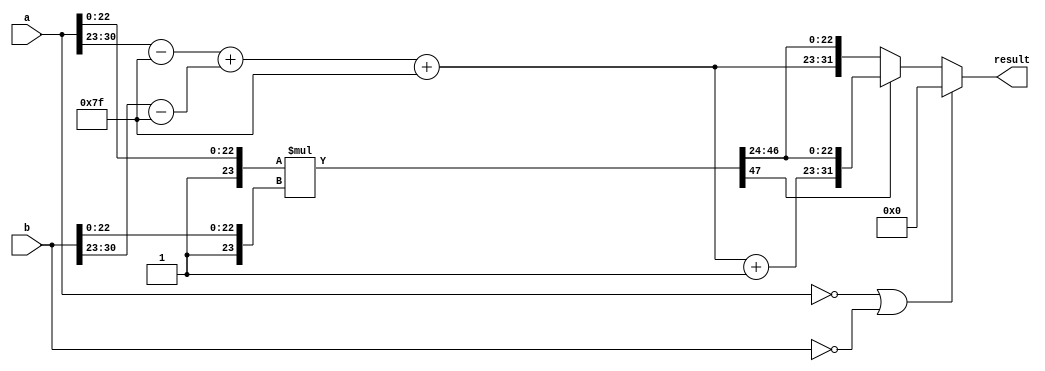
module fp_multiplier (
    input [31:0] a,  // First floating-point input
    input [31:0] b,  // Second floating-point input
    output reg [31:0] result  // Resulting floating-point output
);

    wire sign_a = a[31];               // Sign bit of a
    wire sign_b = b[31];               // Sign bit of b
    wire [7:0] exp_a = a[30:23];       // Exponent of a
    wire [7:0] exp_b = b[30:23];       // Exponent of b
    wire [22:0] mant_a = a[22:0];      // Mantissa of a
    wire [22:0] mant_b = b[22:0];      // Mantissa of b

    // Intermediate signals
    wire sign_out;
    wire [8:0] exp_out;                // 9 bits to accommodate overflow
    reg [47:0] mant_out;                // 48 bits for mantissa multiplication

    // Sign calculation
    assign sign_out = sign_a ^ sign_b;

    // Exponent calculation
    wire [7:0] exp_a_adjusted = exp_a - 8'd127; // Adjusted exponent of a
    wire [7:0] exp_b_adjusted = exp_b - 8'd127; // Adjusted exponent of b
    assign exp_out = exp_a_adjusted + exp_b_adjusted + 8'd127; // Add biases back

    // Mantissa calculation (add implicit leading 1)
    wire [23:0] mant_a_normalized = {1'b1, mant_a}; // Normalize mantissa of a
    wire [23:0] mant_b_normalized = {1'b1, mant_b}; // Normalize mantissa of b

    // Multiplication of mantissas
    assign mant_out = mant_a_normalized * mant_b_normalized;

    // Normalization of the result
    always @(*) begin
        if (mant_out[47]) begin
            // Overflow case, shift right and increment exponent
            result = {sign_out, exp_out + 1'b1, mant_out[46:24]};
        end else begin
            // Normal case, just assign mantissa
            result = {sign_out, exp_out, mant_out[46:24]};
        end

        // Handle zero input case
        if (a == 32'b0 || b == 32'b0) begin
            result = 32'b0;
        end

        // Handle special cases (NaN, infinity, etc.)
        // This part can be extended based on specific requirements
        // Example: if either input is NaN or infinity, you might want to handle it accordingly.
    end

endmodule